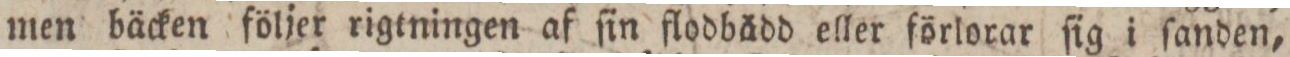
men bäcken följer rigtningen af ſin flodbädd eller förlorar ſig i ſanden,